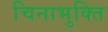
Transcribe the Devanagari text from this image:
चिनाभुक्ति